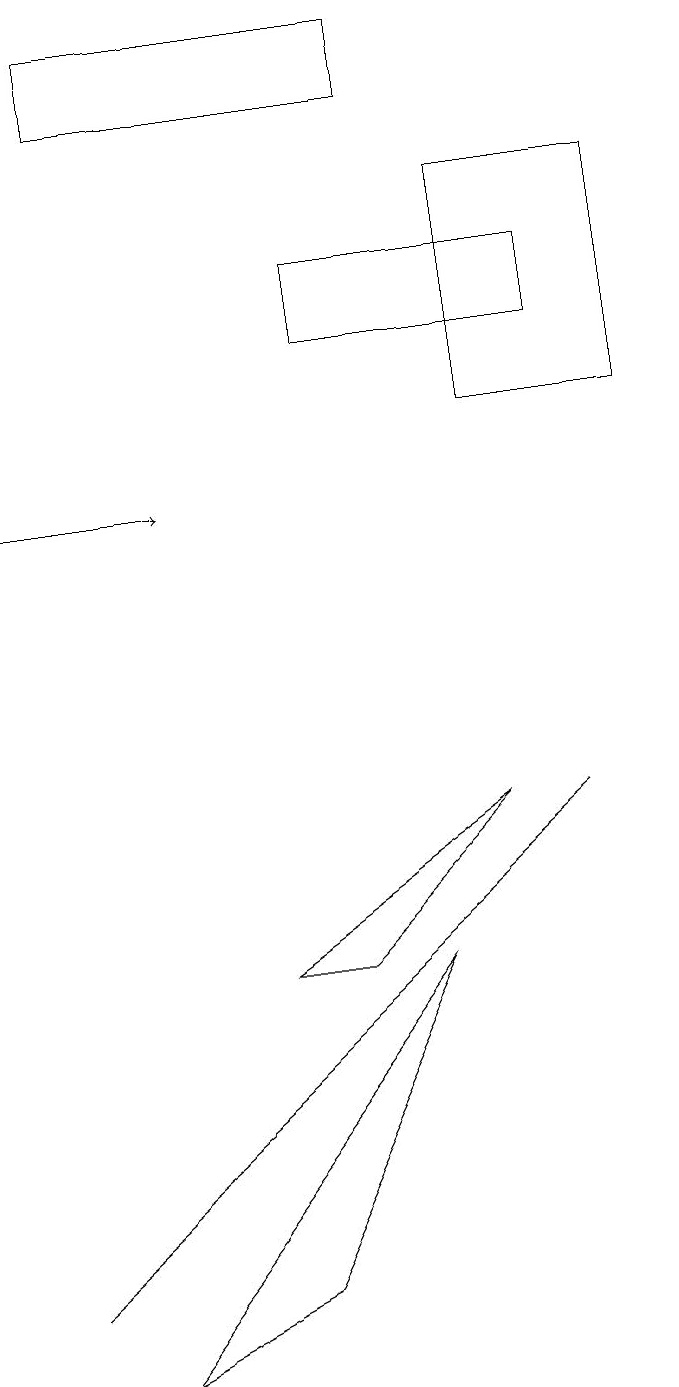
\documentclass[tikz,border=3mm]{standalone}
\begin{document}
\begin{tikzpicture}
\draw (8,7) -- (1,1) -- (8,7) -- cycle;
\draw (6,16) rectangle (2,17);
\draw (8,13) rectangle (5,14);
\draw (6,5) -- (2,0) -- (4,1) -- cycle;
\draw[->] (1,11) -- (3,11);
\draw (7,7) -- (4,5) -- (5,5) -- cycle;
\draw (9,15) rectangle (7,12);
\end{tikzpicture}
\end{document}